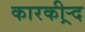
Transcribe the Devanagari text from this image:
कारकीऱ्र्द